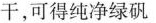
干，可得纯净绿矾